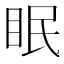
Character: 眠